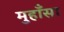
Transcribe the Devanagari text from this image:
मुहाँसा